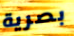
بصرية